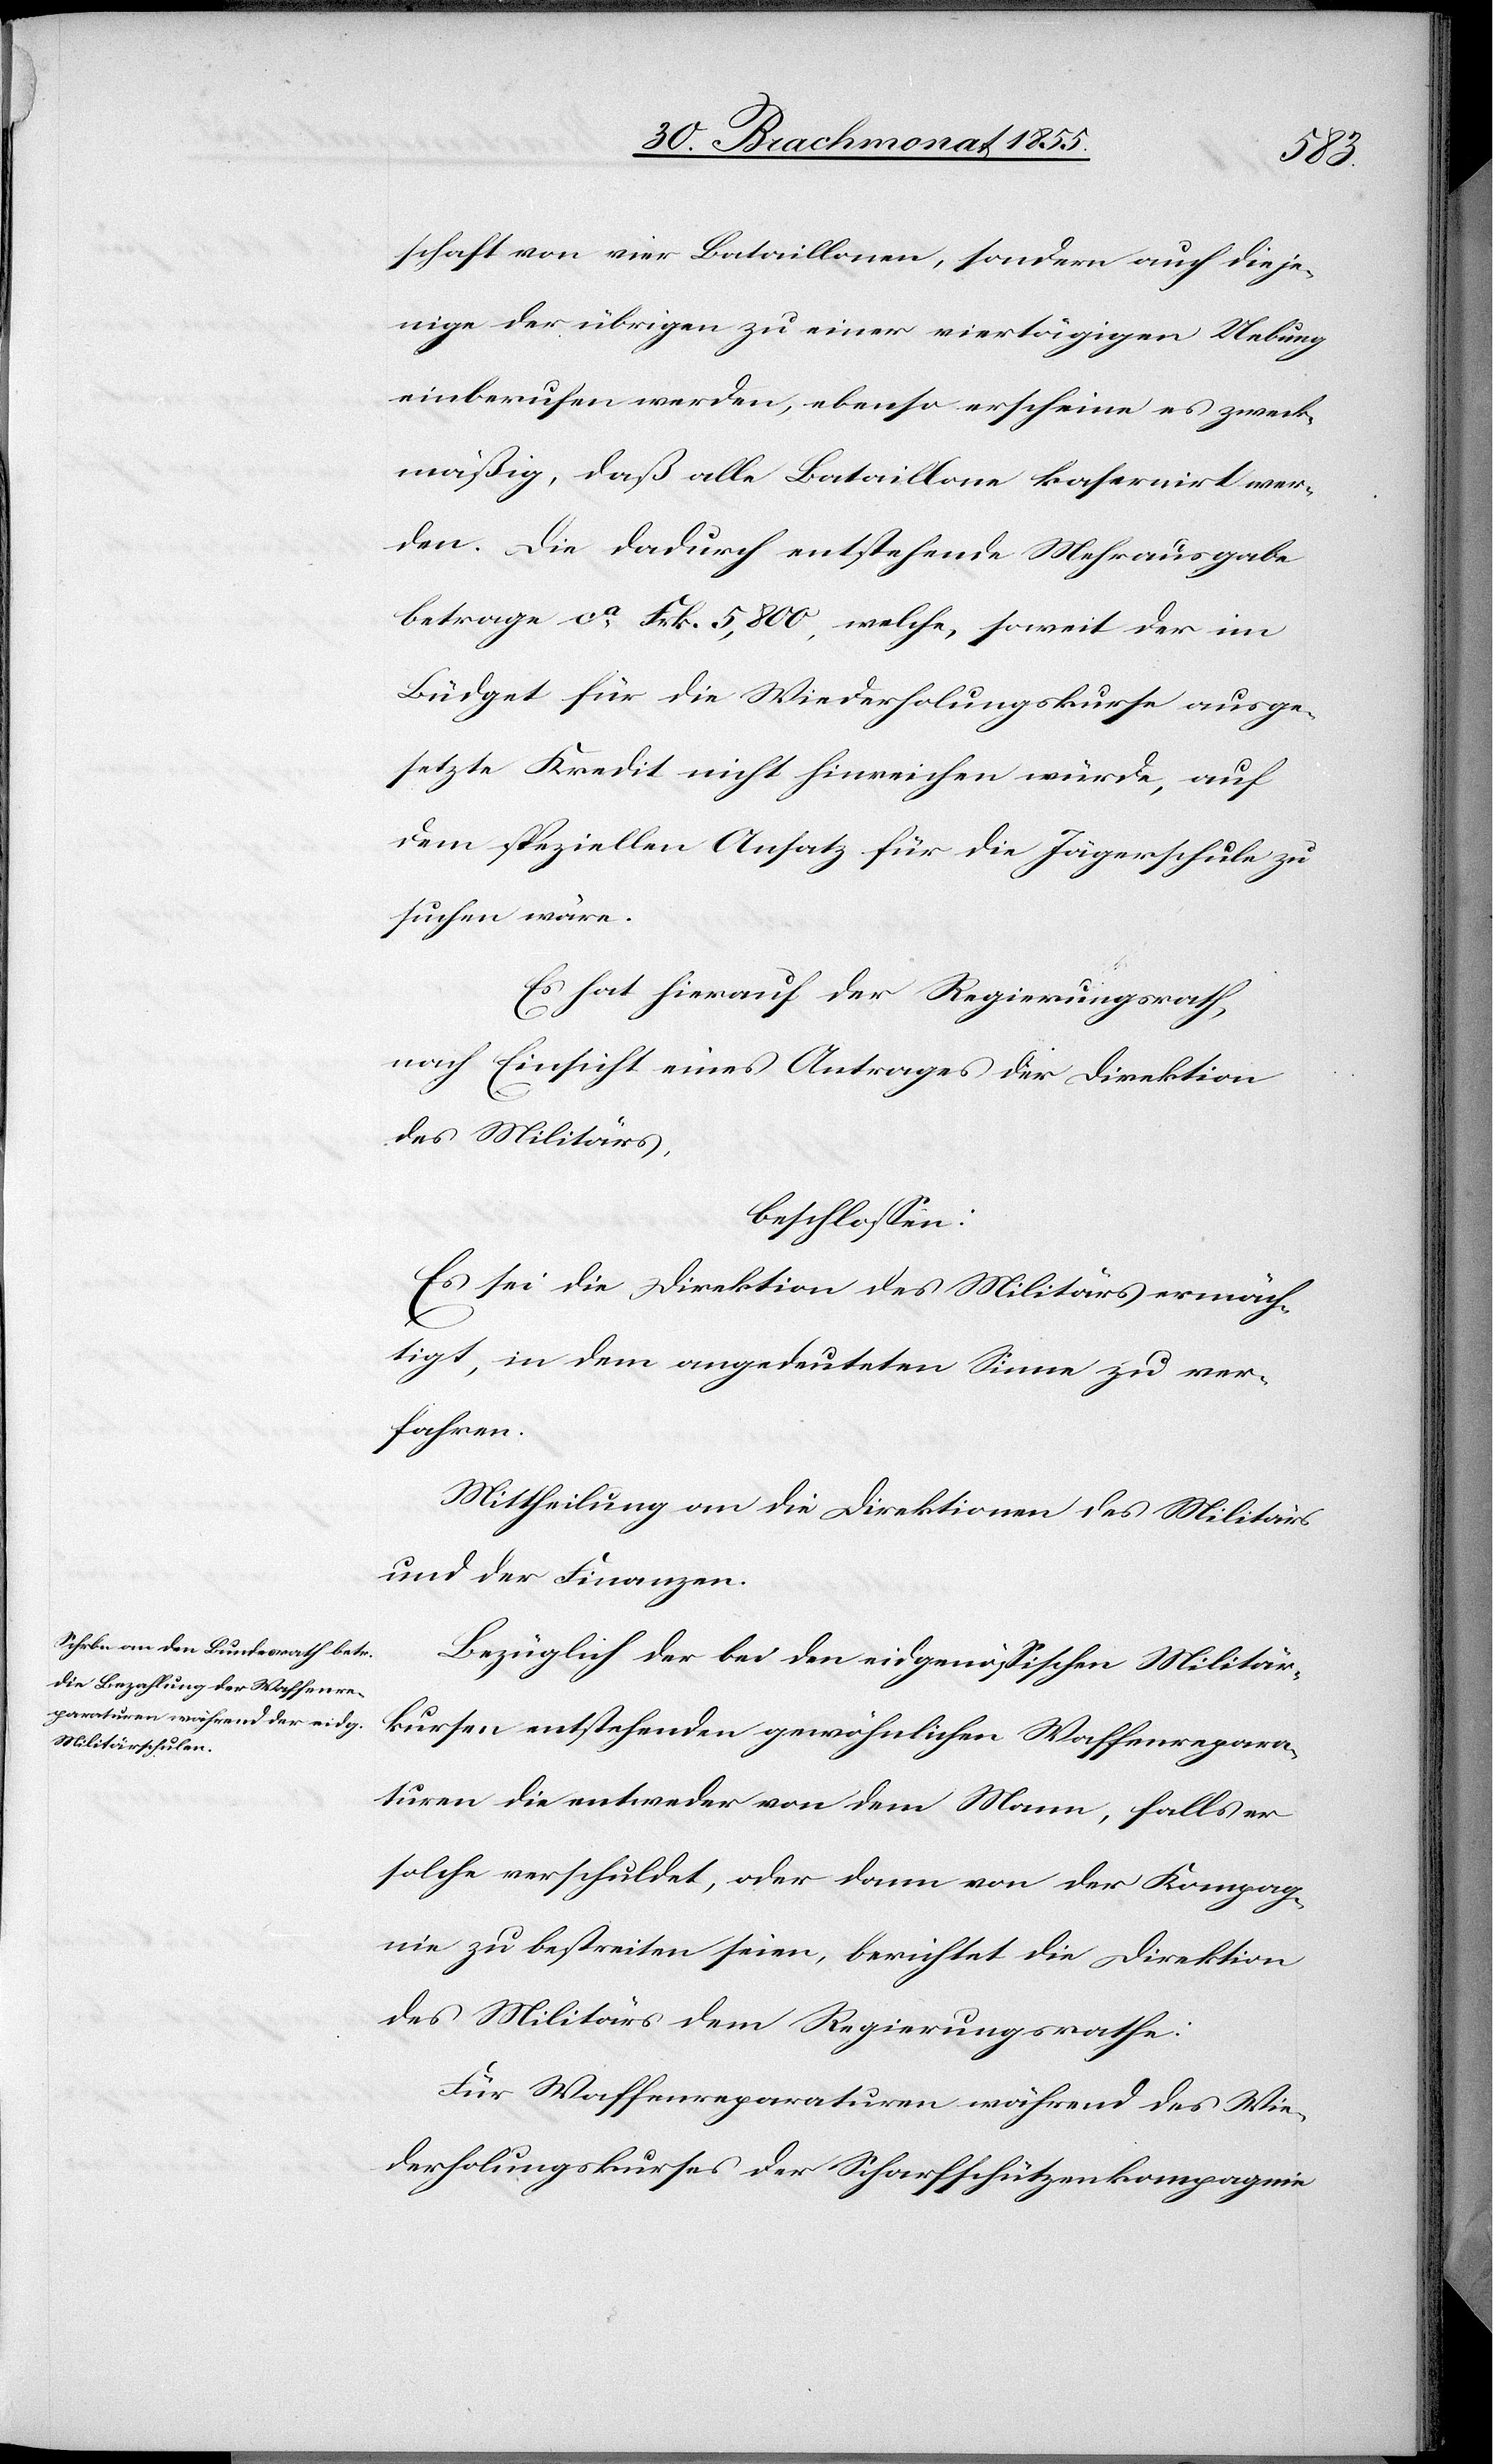
schaft von vier Bataillonen, sondern auch dieje¬
nige der übrigen zu einer viertägigen Uebung
einberufen werden, ebenso erscheine es zweck¬
mäßig, daß alle Bataillone kasernirt wer¬
den. Die dadurch entstehende Mehrausgabe
betrage ca. Frk. 5,800, welche, soweit der im
Büdget für die Wiederholungskurse ausge¬
setzte Kredit nicht hinreichen würde, auf
dem speziellen Ansatz für die Jägerschule zu
suchen wäre.
Es hat hierauf der Regierungsrath,
nach Einsicht eines Antrages der Direktion
des Militärs,
beschlossen:
Es sei die Direktion des Militärs ermäch¬
tigt, in dem angedeuteten Sinne zu ver¬
fahren.
Mittheilung an die Direktionen des Militärs
und der Finanzen.
Bezüglich der bei den eidgenössischen Militär¬
kursen entstehenden gewöhnlichen Waffenrepara¬
turen die entweder von dem Mann, falls er
solche verschuldet, oder dann von der Kompag¬
nie zu bestreiten seien, berichtet die Direktion
des Militärs dem Regierungsrathe:
Für Waffenreparaturen während des Wie¬
derholungskurses der Scharfschützenkompagnie